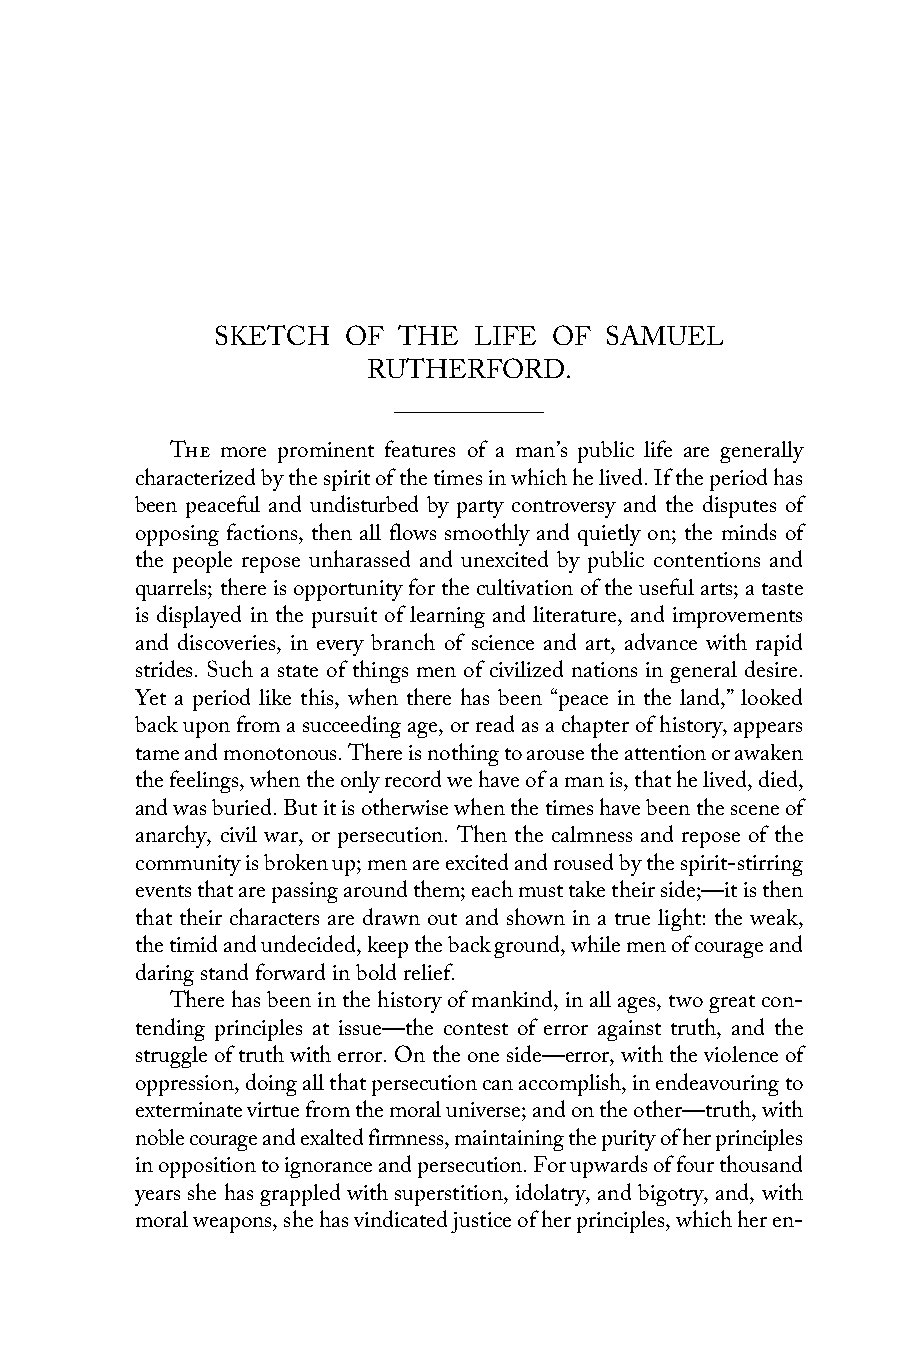
SKETCH   OF THE  LIFE  OF SAMUEL
 RUTHERFORD.
 The more prominent features of a man’s public life are generally
 characterized by the spirit of the times in which he lived. If the period has
 been peaceful and undisturbed by party controversy and the disputes of
 opposing factions, then all flows smoothly and quietly on; the minds of
 the people repose unharassed and unexcited by public contentions and
 quarrels; there is opportunity for the cultivation of the useful arts; a taste
 is displayed in the pursuit of learning and literature, and improvements
 and discoveries, in every branch of science and art, advance with rapid
 strides. Such a state of things men of civilized nations in general desire.
 Yet a period like this, when there has been “peace in the land,” looked
 back upon from a succeeding age, or read as a chapter of history, appears
 tame and monotonous. There is nothing to arouse the attention or awaken
 the feelings, when the only record we have of a man is, that he lived, died,
 and was buried. But it is otherwise when the times have been the scene of
 anarchy, civil war, or persecution. Then the calmness and repose of the
 community is broken up; men are excited and roused by the spirit-stirring
 events that are passing around them; each must take their side;—it is then
 that their characters are drawn out and shown in a true light: the weak,
 the timid and undecided, keep the back ground, while men of courage and
 daring stand forward in bold relief.
 There has been in the history of mankind, in all ages, two great con-
 tending principles at issue—the contest of error against truth, and the
 struggle of truth with error. On the one side—error, with the violence of
 oppression, doing all that persecution can accomplish, in endeavouring to
 exterminate virtue from the moral universe; and on the other—truth, with
 noble courage and exalted firmness, maintaining the purity of her principles
 in opposition to ignorance and persecution. For upwards of four thousand
 years she has grappled with superstition, idolatry, and bigotry, and, with
 moral weapons, she has vindicated justice of her principles, which her en-